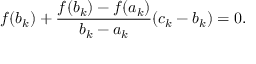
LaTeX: f ( b _ { k } ) + { \frac { f ( b _ { k } ) - f ( a _ { k } ) } { b _ { k } - a _ { k } } } ( c _ { k } - b _ { k } ) = 0 .